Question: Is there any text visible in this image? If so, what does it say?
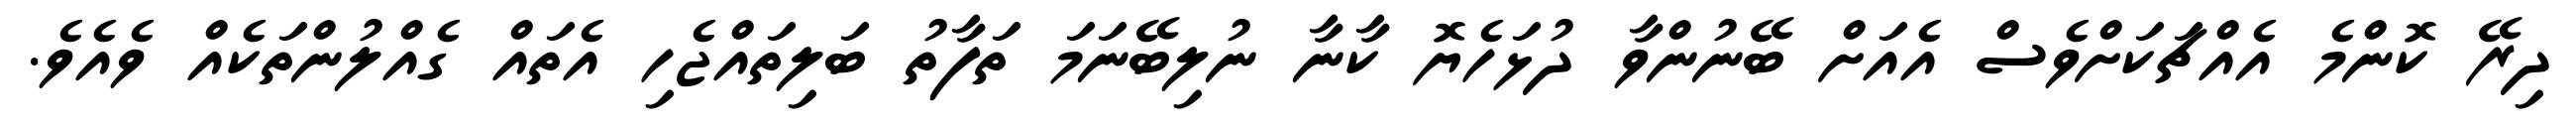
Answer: ދިރޭ ކޮންމެ އެއްޗަކަށްވެސް އެއަށް ބޭނުންވާ ދުޅަހެޔޮ ކާނާ ނުލިބޭނަމަ ތަފާތު ބަލިތައްޖެހި އެތައް ގެއްލުންތަކެއް ވެއެވެ.